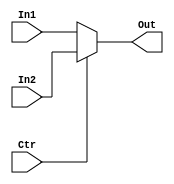
module Mux32(In1, In2, Ctr, Out);
    input[31:0] In1, In2;
    input Ctr;
    output reg[31:0] Out;
    
    always@(*)begin
    
        if(Ctr==0)
            Out=In1;
        else 
            Out=In2;
    
    end
    
endmodule